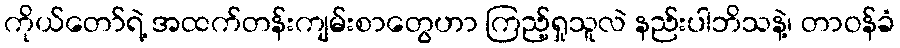
ကိုယ်တော်ရဲ့ အထက်တန်းကျမ်းစာတွေဟာ ကြည့်ရှုသူလဲ နည်းပါဘိသနဲ့၊ တာဝန်ခံ